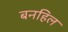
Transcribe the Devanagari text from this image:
बनहिल